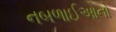
નબળાઈઓનો